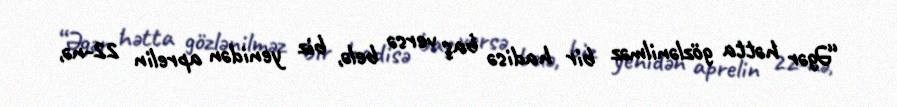
“Əgər hətta gözlənilməz bir hadisə baş versə belə, biz yenidən aprelin 22-nə,